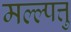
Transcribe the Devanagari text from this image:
मल्ल्पत्तु